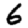
Digit: 6